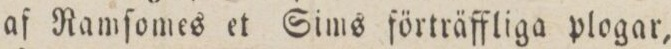
af Ramſomes et Sims förträffliga plogar,